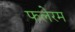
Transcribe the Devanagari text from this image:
फलेरम